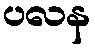
ပလန